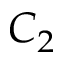
C _ { 2 }